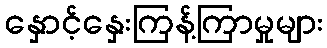
နှောင့်နှေးကြန့်ကြာမှုများ